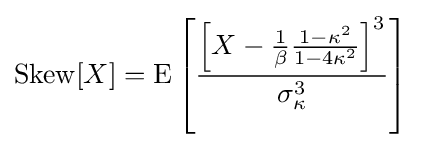
\operatorname {Skew} [X]=\operatorname {E} \left[{\frac {\left[X-{\frac {1}{\beta }}{\frac {1-\kappa ^{2}}{1-4\kappa ^{2}}}\right]^{3}}{\sigma _{\kappa }^{3}}}\right]